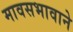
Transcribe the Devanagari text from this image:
मावसभावाने